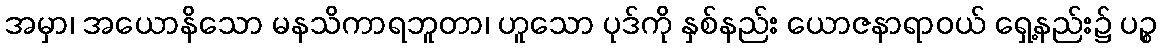
အမှာ၊ အယောနိသော မနသိကာရဘူတာ၊ ဟူသော ပုဒ်ကို နှစ်နည်း ယောဇနာရာဝယ် ရှေ့နည်း၌ ပဉ္စ